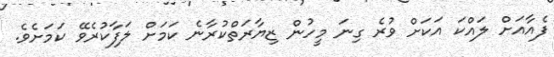
ފެއާއަށް ލައްކަ އަކަށް ވުރެ ގިނަ މީހުން ޒިޔާރަތްކުރާނެ ކަމަށް ލަފާކުރެވޭ ކަމަށެވެ.